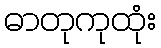
ဓာတုကုထုံး